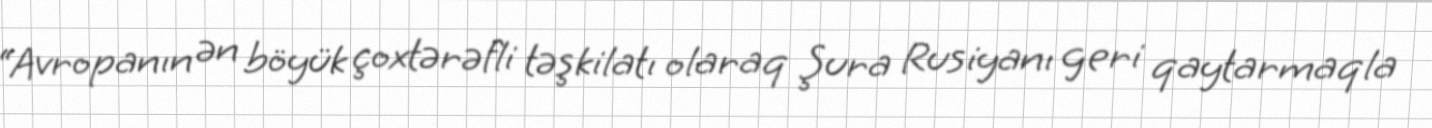
“Avropanın ən böyük çoxtərəfli təşkilatı olaraq Şura Rusiyanı geri qaytarmaqla